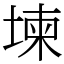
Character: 堜